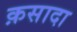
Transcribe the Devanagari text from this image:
क़सादा